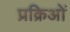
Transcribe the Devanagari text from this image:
प्रक्रिओं